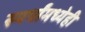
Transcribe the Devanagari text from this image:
स्पर्धांमध्येही